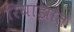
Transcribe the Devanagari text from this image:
रियाझात